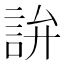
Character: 𬢢